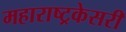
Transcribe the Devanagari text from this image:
महाराष्ट्रकेसरी